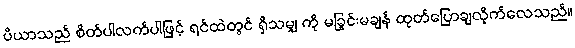
ပိယာသည် စိတ်ပါလက်ပါဖြင့် ရင်ထဲတွင် ရှိသမျှ ကို မခြွင်းမချန် ထုတ်ပြောချလိုက်လေသည်။